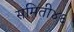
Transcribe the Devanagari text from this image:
समिती४६